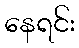
နေရင်း